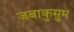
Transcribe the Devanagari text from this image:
जबाकुसुम